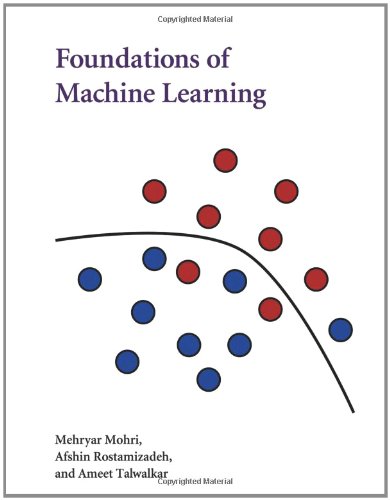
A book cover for Foundations of Machine Learning (Adaptive Computation and Machine Learning series); Mehryar Mohri; Computers & Technology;